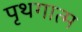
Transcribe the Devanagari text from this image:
पृथगात्म